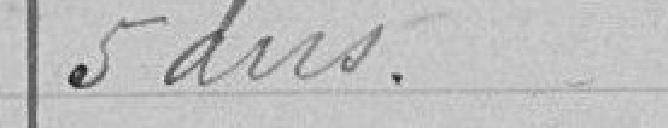
5 ans